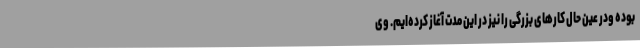
بوده ودر عین حال کارهای بزرگی را نیز در این مدت آغاز کرده‌ایم. وی